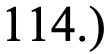
114.)